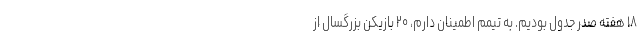
۱۸ هفته صدر جدول بودیم. به تیمم اطمینان دارم، ۲۰ بازیکن بزرگسال از